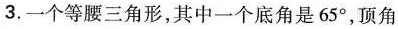
3.一个等腰三角形，其中一个底角是65°，顶角